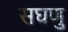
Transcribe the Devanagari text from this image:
सघणु